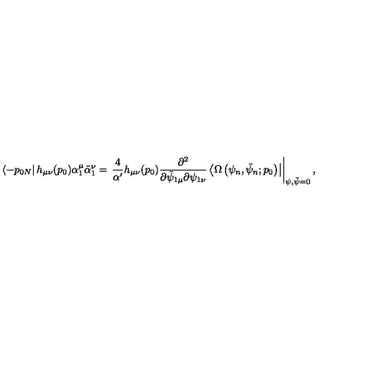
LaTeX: \left\langle - p _ { 0 N } \right| h _ { \mu \nu } ( p _ { 0 } ) \alpha _ { 1 } ^ { \mu } \tilde { \alpha } _ { 1 } ^ { \nu } = \left. \frac { 4 } { \alpha ^ { \prime } } h _ { \mu \nu } ( p _ { 0 } ) \frac { \partial ^ { 2 } } { \partial \bar { \psi } _ { 1 \mu } \partial \psi _ { 1 \nu } } \left\langle \Omega \left( \psi _ { n } , \bar { \psi } _ { n } ; p _ { 0 } \right) \right| \right| _ { \psi , \bar { \psi } = 0 } ,